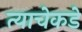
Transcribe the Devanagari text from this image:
त्याचेकडे